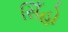
સિઁહો